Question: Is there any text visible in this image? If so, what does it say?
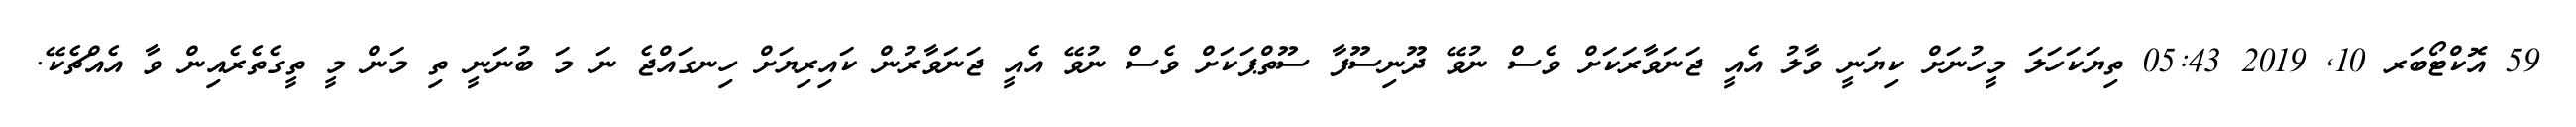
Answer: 59 އޮކްޓޯބަރ 10, 2019 05:43 ތިޔަކަހަލަ މީހުނަށް ކިޔަނީ ވާލު އެއީ ޖަނަވާރަކަށް ވެސް ނުވޭ ދޫނިސޫފާ ސޫތްޕަކަށް ވެސް ނުވޭ އެއީ ޖަނަވާރުން ކައިރިޔަށް ހިނގައްޖެ ނަ މަ ބުނަނީ ތި މަން މީ ތީގެތެރެއިން ވާ އެއްޗެކޭ.